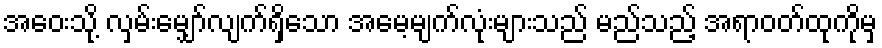
အဝေးသို့ လှမ်းမျှော်လျက်ရှိသော အမေ့မျက်လုံးများသည် မည်သည့် အရာဝတ်ထုကိုမှ